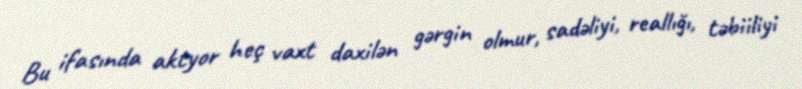
Bu ifasında aktyor heç vaxt daxilən gərgin olmur, sadəliyi, reallığı, təbiiliyi